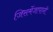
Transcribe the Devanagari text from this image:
जिसमेंजापानी